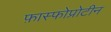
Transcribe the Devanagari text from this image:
फ़ास्फोप्रोटीन